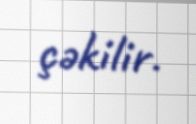
çəkilir.